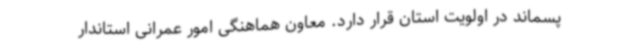
پسماند در اولویت استان قرار دارد. معاون هماهنگی امور عمرانی استاندار